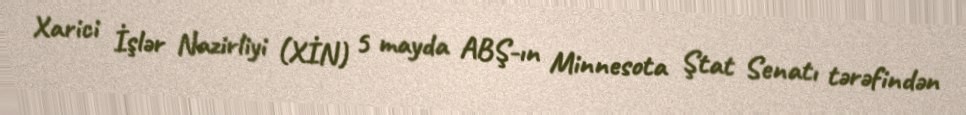
Xarici İşlər Nazirliyi (XİN) 5 mayda ABŞ-ın Minnesota Ştat Senatı tərəfindən